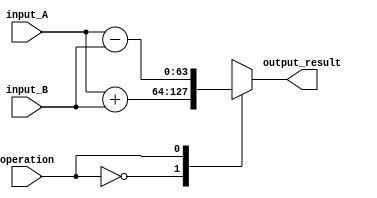
module DoublePrecisionFPU (
    input wire [63:0] input_A,
    input wire [63:0] input_B,
    input wire operation, // 0: addition, 1: subtraction, 2: multiplication, 3: division
    output reg [63:0] output_result
);

reg [63:0] result;

always @(*) begin
    case(operation)
        0: result = input_A + input_B;
        1: result = input_A - input_B;
        2: result = input_A * input_B;
        3: result = input_A / input_B;
    endcase
end

assign output_result = result;

endmodule